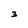
Character: 3